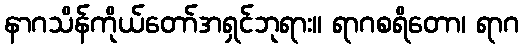
နာဂသိန်ကိုယ်တော်အရှင်ဘုရား။ ရာဂစရိတော၊ ရာဂ